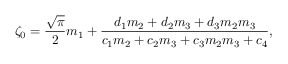
\zeta _ { 0 } = \frac { \sqrt { \pi } } { 2 } m _ { 1 } + \frac { d _ { 1 } m _ { 2 } + d _ { 2 } m _ { 3 } + d _ { 3 } m _ { 2 } m _ { 3 } } { c _ { 1 } m _ { 2 } + c _ { 2 } m _ { 3 } + c _ { 3 } m _ { 2 } m _ { 3 } + c _ { 4 } } ,